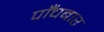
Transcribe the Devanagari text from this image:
पाँचबार